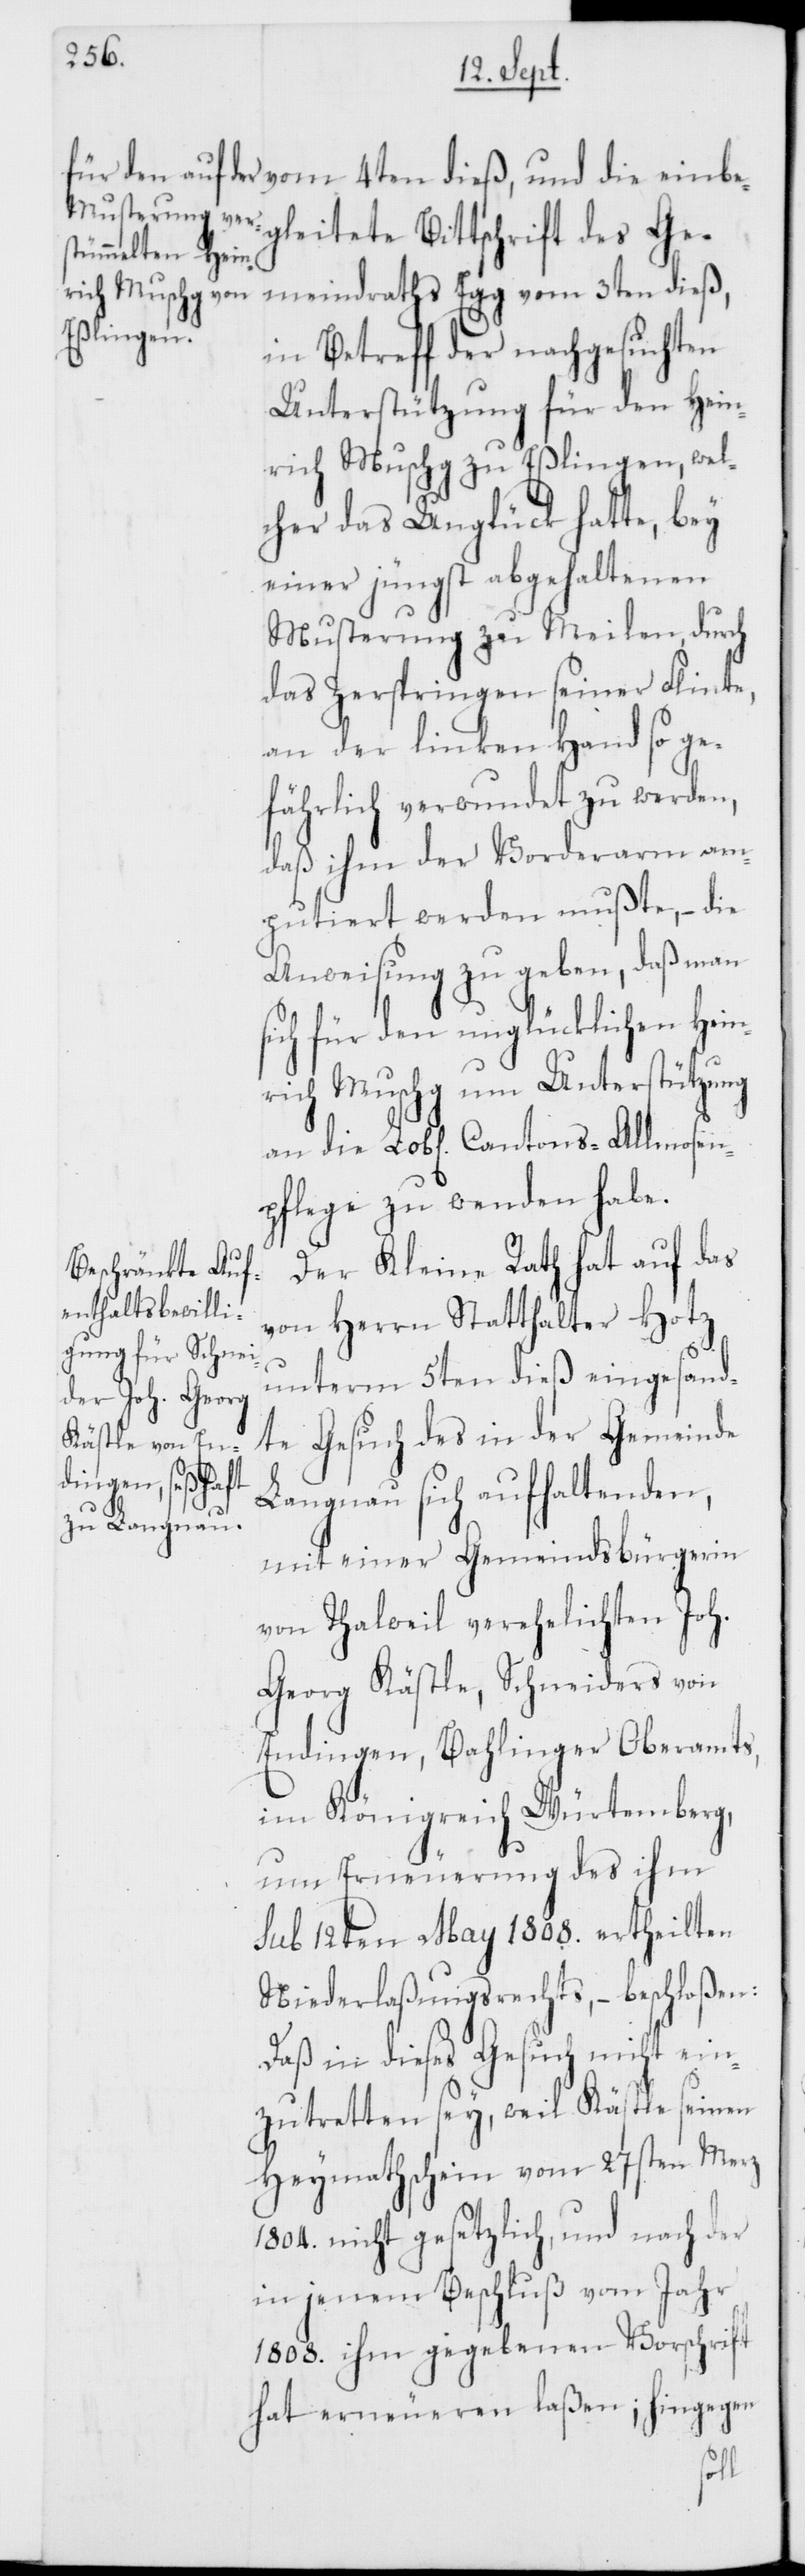
gleitete Bittschrift des Ge¬
meindraths Egg vom 3ten dieß,
in Betreff der nachgesuchten
Unterstützung für den Hein¬
rich Muschg zu Eßlingen, wel¬
cher das Unglück hatte, bey
einer jüngst abgehaltenen
Musterung zu Meilen, durch
das Zerspringen seiner Flinte,
an der linken Hand so ge¬
fährlich verwundet zu werden,
daß ihm der Vorderarm am¬
putiert werden mußte, – die
Anweisung zu geben, daß man
ich für den unglücklichen Hein¬
rich Muschg um Unterstützung
pflege zu wenden habe.
Der Kleine Rath hat auf das
von Herrn Statthalter Hotz
unterm 5ten dieß eingesand¬
te Gesuch des in der Gemeinde
Cantons-All¬
Langnau sich aufhaltenden,
mit einer Gemeindsbürgerin
von Thalweil verehelichten Joh.
Georg Kästle, Schneiders von
Endingen, Bahlinger Oberamts
im Königreich Würtemberg,
um Erneuerung des ihm
sub 12ten May 1808. ertheilten
Niederlaßungsrechts, – beschloßen:
Daß in dieses Gesuch nicht ein¬
zutretten sey, weil Kästle seinen
Heymathschein vom 27sten Merz
1804. nicht gesetzlich, und nach der
in jenem Beschluß vom Jahr
1808. ihm gegebenen Vorschrift
hat erneueren laßen; hingegen
mosen¬